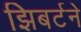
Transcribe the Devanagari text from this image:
झिबर्टने